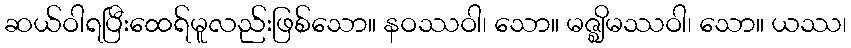
ဆယ်ဝါရပြီးထေရ်မူလည်းဖြစ်သော။ နဝဿဝါ၊ သော။ မဇ္ဈိမဿဝါ၊ သော။ ယဿ၊